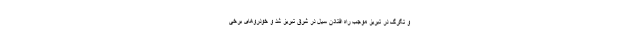
و تگرگ در تبریز موجب راه افتادن سیل در شرق تبریز شد و خودروهای برخی